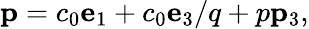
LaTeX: {\mathbf p}=c_{0}{\mathbf e}_{1}+c_{0}{\mathbf e}_{3}/q+p{\mathbf p}_{3},